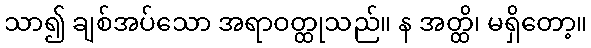
သာ၍ ချစ်အပ်သော အရာဝတ္ထုသည်။ န အတ္ထိ၊ မရှိတော့။